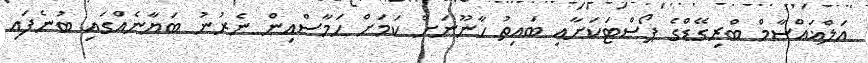
އަލްޣައްސާމް ބްރިގޭޑްގެ ޕޯސްޓަކަށާއި ބައިތު ހާނޫނަށް ކަމަށް ހަމާސްއިން ނެރުނު ބަޔާނެއްގައި ބުނެފައި